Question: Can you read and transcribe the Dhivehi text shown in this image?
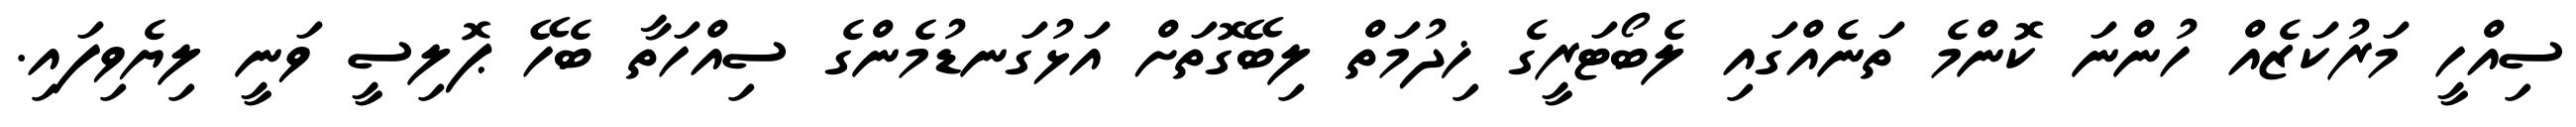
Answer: ސިއްހީ މަރުކަޒެއް ހުންނަ ކޮންމެ ތަނެއްގައި ލެބޯޓަރީގެ ޚިދުމަތް ލިބޭގޮތަށް އަޅުގަނޑުމެންގެ ސިއްހަތާ ބެހޭ ޕޮލިސީ ވަނީ ލިޔެވިފައި.